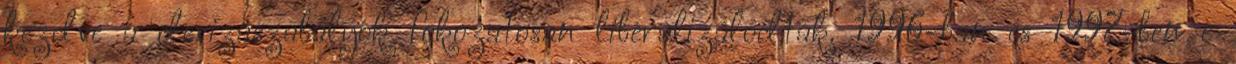
kezdve a devizaszabályok fokozatosan liberalizálódtak. 1996-ban és 1997-ben e